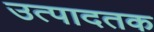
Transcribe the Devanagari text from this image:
उत्पादतक